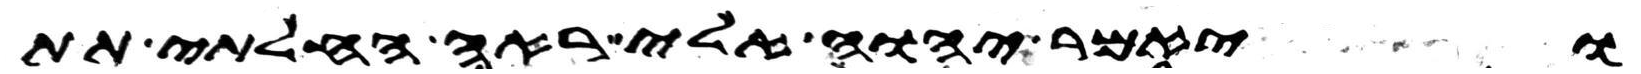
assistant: ויאמר יהוה אלי ראה החלתי תת